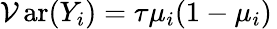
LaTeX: \operatorname{\mathcal{V}ar}(Y_{i})=\tau\mu_{i}(1-\mu_{i})\,